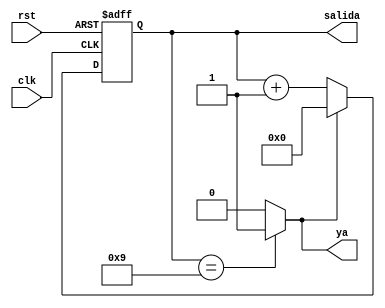
// Contador Mdulo M de 4 bits
// contador hasta 9
//
module c_america09(
input clk,
input rst,
output ya,
output [3:0] salida
);


reg [3:0]Q;
wire [3:0] D;
wire sel;

always @(negedge clk or  posedge rst)
begin
  if (rst) begin
	Q<=4'b0000;
	end
  else begin
	Q<=D;
  end
end

assign sel=(Q==9) ? 1'b1 : 1'b0;
assign D=(sel) ? 4'b0000 : Q+1;

assign salida = Q;
assign ya =sel;

endmodule